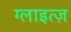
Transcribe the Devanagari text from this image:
ग्लाइत्ज़